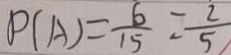
P ( A ) = \frac { 6 } { 1 5 } = \frac { 2 } { 5 }